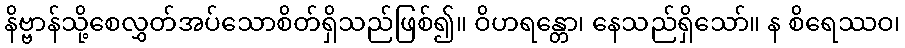
နိဗ္ဗာန်သို့စေလွှတ်အပ်သောစိတ်ရှိသည်ဖြစ်၍။ ဝိဟရန္တော၊ နေသည်ရှိသော်။ န စိရေဿဝ၊